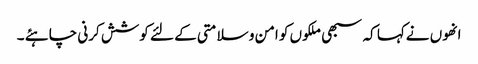
انھوں نےکہا کہ سبھی ملکوں کو امن و سلامتی کے لئے کوشش کرنی چاہئے ۔